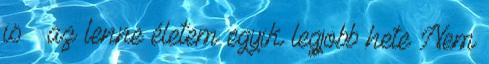
is – az lenne életem egyik legjobb hete Nem